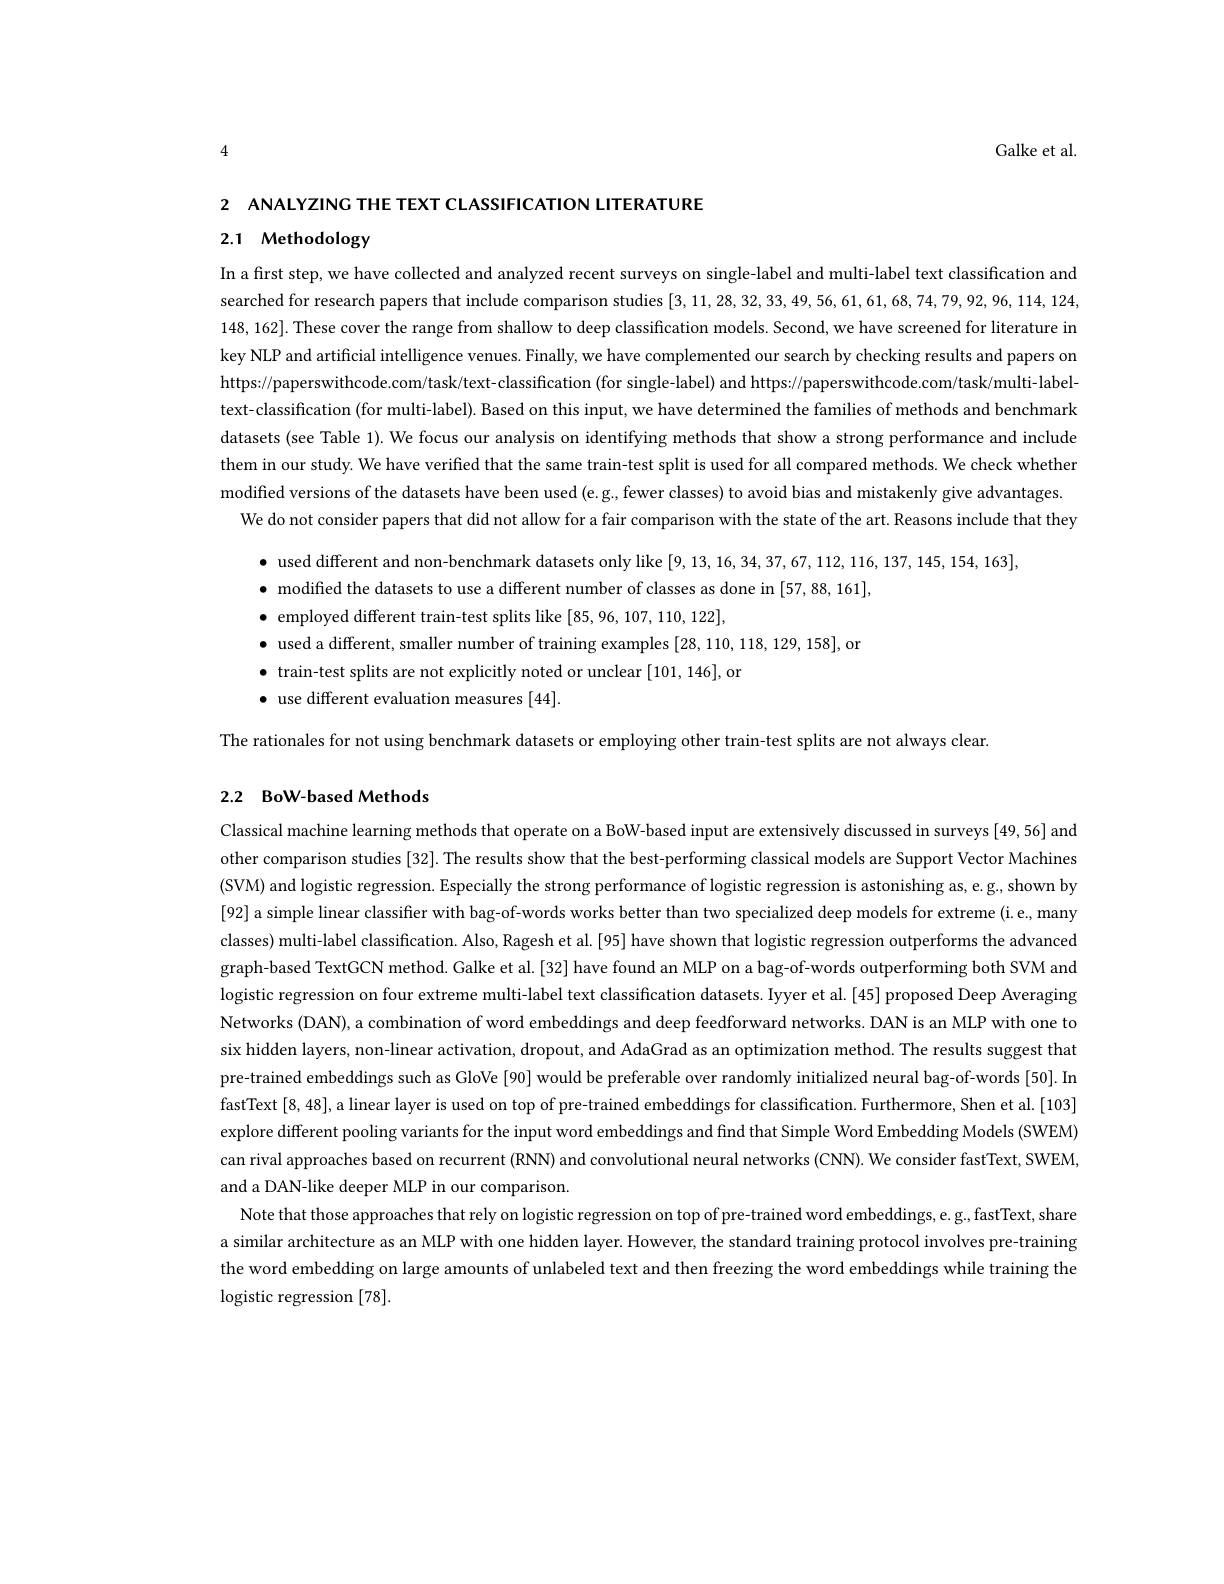
Galke et al.

4

2 ANALYZING THE TEXT CLASSIFICATION LITERATURE

# 2.1 Methodology

In a first step, we have collected and analyzed recent surveys on single-label and multi-label text classification and 148,162]. These cover the range from shallow to deep classification models. Second, we have screened for literature in key NLP and artificial intelligence venues. Finally, we have complemented our search by checking results and papers on https://paperswithcode.com/task/text-classification (for single-label) and https;//paperswithcode.com/task/multi-label-1/pasting (mod) text-classification (for multi-label). Based on this input, we have determined the families of methods and benchmark datasets (see Table 1). We focus our analysis on identifying methods that show a strong performance and include them in our study. We have verified that the same train-test split is used for all compared methods. We check whether modified versions of the datasets have been used (e.g, fewer classes) to avoid bias and mistakenly give advantages
We do not consider papers that did not allow for a fair comparison with the state of the art. Reasons include that they

$\bullet$ used different and non- benchmark datasets only like [9,13,16,34,37,67,112,116,137,145,154,163] $\bullet$ modified the datasets to use a different number of classes as done in [57,88,161], $\bullet$ employed different train- test splits like [85,96,107,110,12
$\bullet$ used a different, smaller number of training examples [28,110,118,129,158],or
$\bullet$ train-test splits are not explicitly noted or unclear [101,146], or
$\bullet$ use different evaluation measures [44].

The rationales for not using benchmark datasets or employing other train-test splits are not always clear

## 2.2 BoW-based Methods

Classical machine learning methods that operate on a BoW-based input are extensively discussed in surveys [49,56] and (SVM) and logistic regression. Especially the strong performance of logistic regression is astonishing as, e. g., shown by [92] a simple linear classifier with bag-of-words works better than two specialized deep models for extreme (i.e, many classes) multi-label classification. Also, Ragesh et al.[95] have shown that logistic regression outperforms the advanced graph-based TextGCN method. Galke et al. [32] have found an MLP on a bag-of-words outperforming both SVM and logistic regression on four extreme multi-label text classification datasets. Iyyer et al.[45] proposed Deep Averaging Networks (DAN), a combination of word embeddings and deep feedforward networks. DAN is an MLP with one to six hidden layers, non-linear activation, dropout, and AdaGrad as an optimization method. The results suggest that pre-trained embeddings such as GloVe [90] would be preferable over randomly initialized neural bag-of-words [50]. In fastText[8,48],a linear layer is used on top of pre-trained embeddings for classification. Furthermore, Shen et al.[103] explore different pooling variants for the input word embeddings and find that Simple Word Embedding Models (SWEM) can rival approaches based on recurrent (RNN) and convolutional neural networks (CNN). We consider fastText, SWEM, and a DAN-like deeper MLP in our comparison.
Note that those approaches that rely on logistic regression on top of pre-trained word embeddings, e. g. fastText, share a similar architecture as an MLP with one hidden layer. However, the standard training protocol involves pre-training the word embedding on large amounts of unlabeled text and then freezing the word embeddings while training the $\operatorname{logistic}$ regression [78].